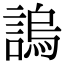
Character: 𧪛